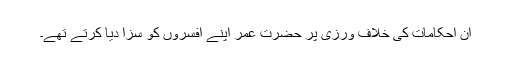
ان احکامات کی خلاف ورزی پر حضرت عمرؓ اپنے افسروں کو سزا دیا کرتے تھے۔